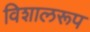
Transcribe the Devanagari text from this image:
विशालरूप